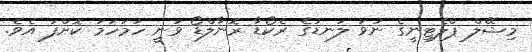
މިޝޭލް ޕްލެޓިނީގެ ނުވަ ލަނޑުގެ ރެކޯޑާ ރޮނާލްޑޯ ވަނީ ހަމަހަމަ ކޮށްފަ އެވެ.